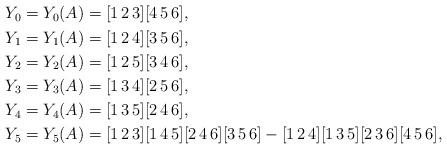
LaTeX: \begin{align*}\begin{alignedat}{1}Y_{0}=Y_{0}(A) & =[1\,2\,3][4\,5\,6],\\Y_{1}=Y_{1}(A) & =[1\,2\,4][3\,5\,6],\\Y_{2}=Y_{2}(A) & =[1\,2\,5][3\,4\,6],\\Y_{3}=Y_{3}(A) & =[1\,3\,4][2\,5\,6],\\Y_{4}=Y_{4}(A) & =[1\,3\,5][2\,4\,6],\\Y_{5}=Y_{5}(A) & =[1\,2\,3][1\,4\,5][2\,4\,6][3\,5\,6]-[1\,2\,4][1\,3\,5][2\,3\,6][4\,5\,6],\end{alignedat}\end{align*}